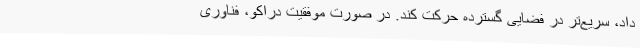
داد، سریع‌تر در فضایی گسترده حرکت کند. در صورت موفقیت دراکو، فناوری